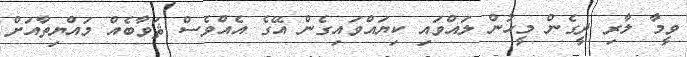
ވީމާ ލާރި ދީގެން މީހުން ލައްވައި ކިޔައްވައިގެން އޭގެ އެއްވެސް ޘަވާބެއް މައްޔިތާއަށް